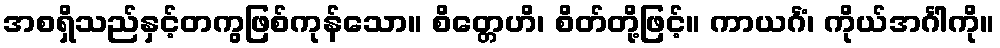
အစရှိသည်နှင့်တကွဖြစ်ကုန်သော။ စိတ္တေဟိ၊ စိတ်တို့ဖြင့်။ ကာယင်္ဂံ၊ ကိုယ်အင်္ဂါကို။